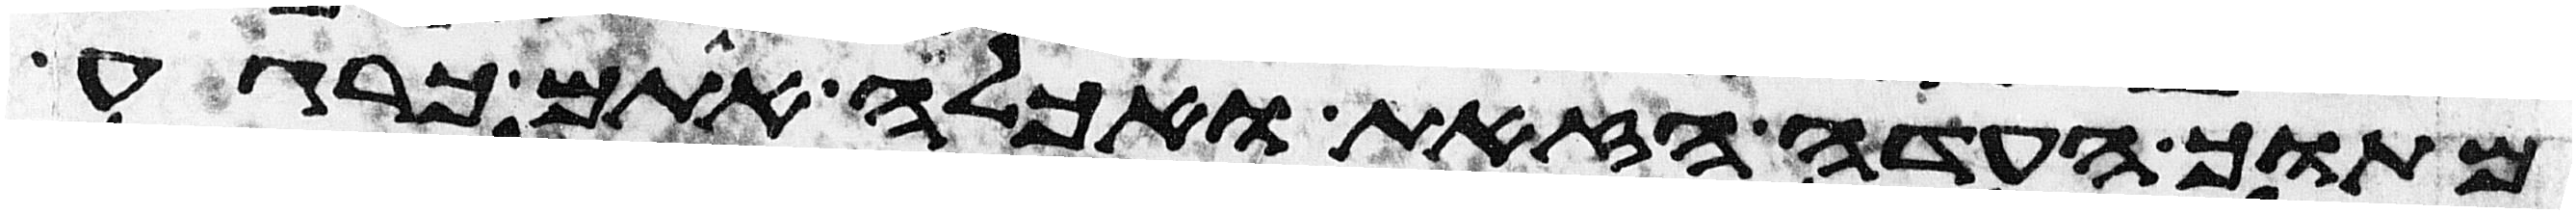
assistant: מתוך העדה הזאת ואכלה אתם כרגע